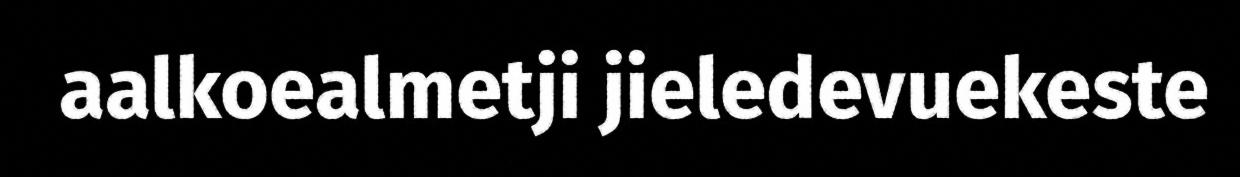
aalkoealmetji jieledevuekeste